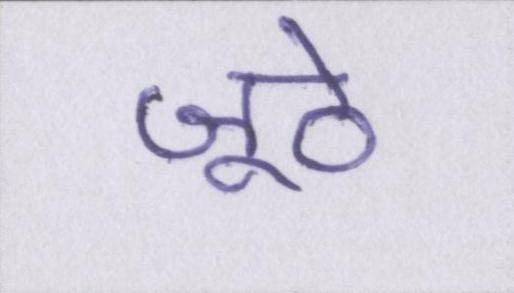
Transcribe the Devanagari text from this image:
जूठे